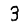
Digit: 3